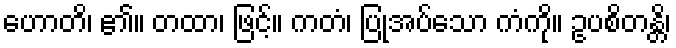
ဟောတိ၊ ၏။ တထာ၊ ဖြင့်။ ကတံ၊ ပြုအပ်သော ကံကို။ ဥပစိတန္တိ၊